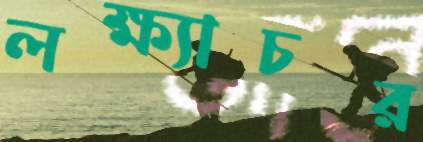
লক্ষ্যাচর